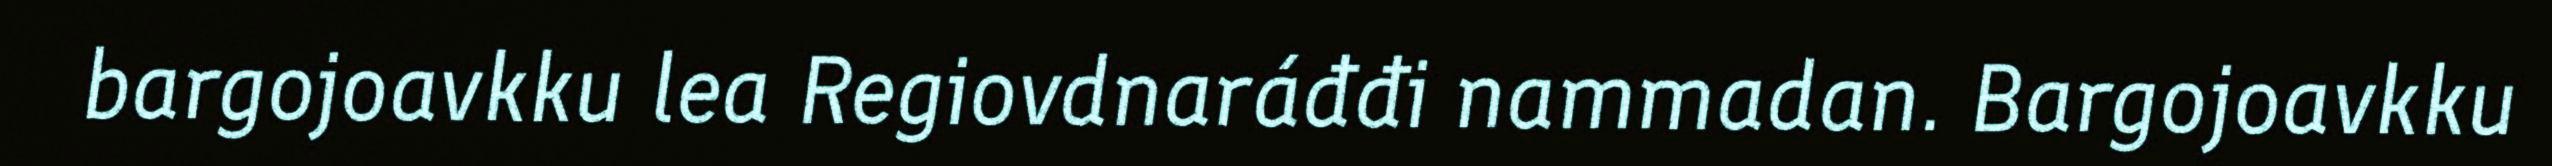
bargojoavkku lea Regiovdnaráđđi nammadan. Bargojoavkku